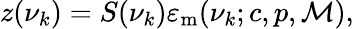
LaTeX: \begin{array}{r}{z(\nu_{k})=S(\nu_{k})\varepsilon_{\mathrm{{m}}}(\nu_{k};c,p,\mathcal{M}),}\end{array}